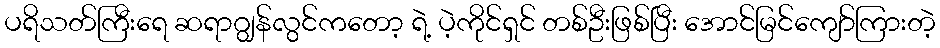
ပရိသတ်ကြီးရေ ဆရာဂျွန်လွင်ကတော့ ရဲ့ ပဲ့ကိုင်ရှင် တစ်ဦးဖြစ်ပြီး အောင်မြင်ကျော်ကြားတဲ့